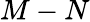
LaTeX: M-N